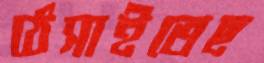
ঠেসাইতেছ